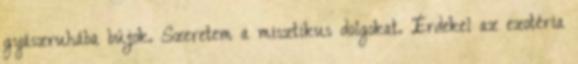
gyászruhába bújok. Szeretem a misztikus dolgokat. Érdekel az ezotéria